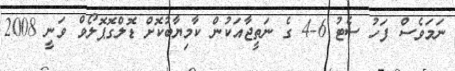
ނަމަވެސް ފަހު ސެޓު 6-4 ގެ ނަތީޖާއަކުން ކާމިޔާބުކޮށް ޑޮލްގޮޕޮލޯވް ވަނީ 2008